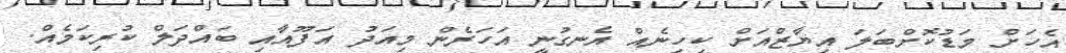
އެހަށް މަޑުކޮށްބަލަ އިޔާޒްއަށް ކިހިނެއް އެނގުނީ އަހަރެން މިއަދު އަފޫއާއި ބައްދަލް ކުރިކަމެއް.